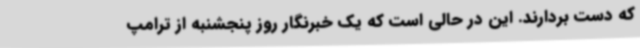
که دست بردارند. این در حالی است که یک خبرنگار روز پنجشنبه از ترامپ